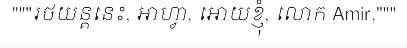
"""រថយន្តនេះ, អាហ្វា, អោយខ្ញុំ, លោក Amir,"""